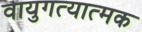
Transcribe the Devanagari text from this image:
वायुगत्यात्मक